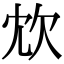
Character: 𣢌